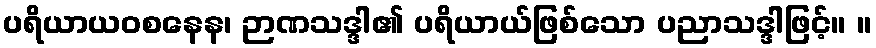
ပရိယာယဝစနေန၊ ဉာဏသဒ္ဒါ၏ ပရိယာယ်ဖြစ်သော ပညာသဒ္ဒါဖြင့်။ ။